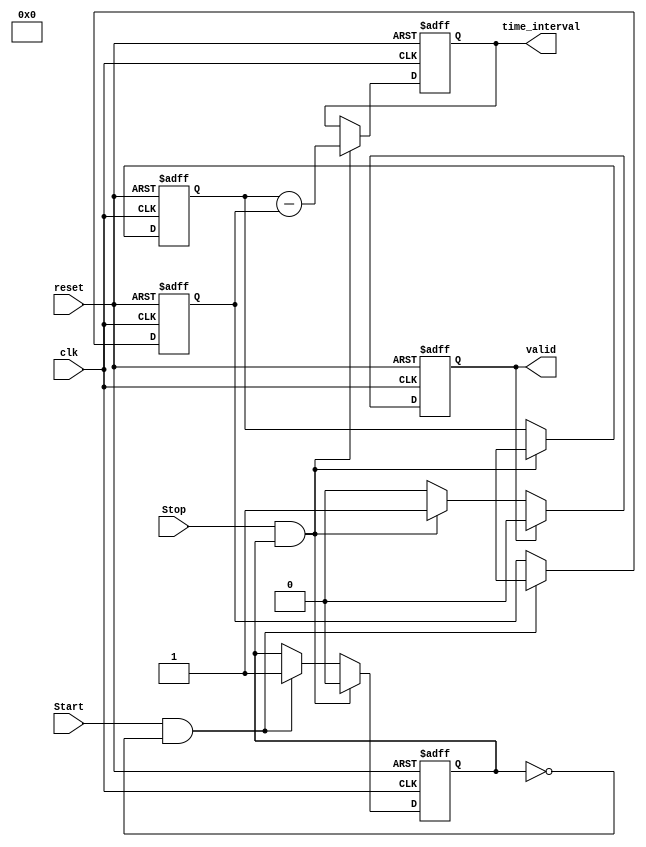
module TDC (
    input wire clk,          // High-frequency clock
    input wire reset,        // Reset signal
    input wire Start,        // Start signal
    input wire Stop,         // Stop signal
    output reg [31:0] time_interval, // Output time interval (in clock cycles)
    output reg valid         // Output valid signal
);

    reg [31:0] start_time;   // Register to store Start timestamp
    reg [31:0] stop_time;    // Register to store Stop timestamp
    reg start_detected;       // Flag to indicate Start event detected

    // Edge detection for Start and Stop signals
    always @(posedge clk or posedge reset) begin
        if (reset) begin
            start_time <= 32'b0;
            stop_time <= 32'b0;
            time_interval <= 32'b0;
            valid <= 1'b0;
            start_detected <= 1'b0;
        end else begin
            // Detect rising edge of Start signal
            if (Start && !start_detected) begin
                start_time <= $time; // Capture the current time (in clock cycles)
                start_detected <= 1'b1; // Set the flag indicating Start detected
            end
            
            // Detect rising edge of Stop signal
            if (Stop && start_detected) begin
                stop_time <= $time; // Capture the current time (in clock cycles)
                time_interval <= stop_time - start_time; // Calculate time difference
                valid <= 1'b1; // Set valid signal
                start_detected <= 1'b0; // Reset the Start detected flag
            end else if (Stop && !start_detected) begin
                // If Stop is pressed without Start, do nothing or handle error
            end
            
            // Reset valid signal when time_interval is read
            if (valid) begin
                valid <= 1'b0; // Clear valid signal after reading output
            end
        end
    end

endmodule